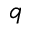
q